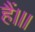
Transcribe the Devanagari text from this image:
हैं।।।